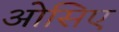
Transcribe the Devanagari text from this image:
ओसिए